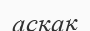
асқақ